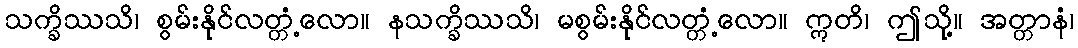
သက္ခိဿသိ၊ စွမ်းနိုင်လတ္တံ့လော။ နသက္ခိဿသိ၊ မစွမ်းနိုင်လတ္တံ့လော။ ဣတိ၊ ဤသို့။ အတ္တာနံ၊